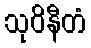
သုဝိနီတံ